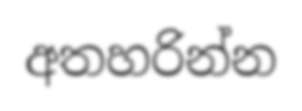
අතහරින්න